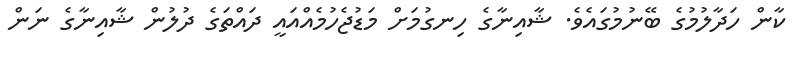
ކާން ހަދާލުމުގެ ބޭނުމުގައެވެ. ޝާއިނާގެ ހިނގުމަށް މަޑުޖެހުމެއްއައީ ދައްތަގެ ދުލުން ޝާއިނާގެ ނަން